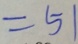
= 5 1